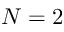
N = 2